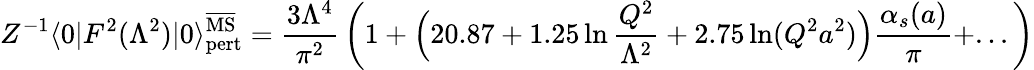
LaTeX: Z^{-1}\langle 0|F^{2}(\Lambda^{2})|0\rangle_{\mathrm{pert}}^{\overline{{\mathrm{MS}}}}={\frac{3\Lambda^{4}}{\pi^{2}}}\left(1+\Big(20.87+1.25\ln{\frac{Q^{2}}{\Lambda^{2}}}+2.75\ln(Q^{2}a^{2})\Big){\frac{\alpha_{s}(a)}{\pi}}+...\right)